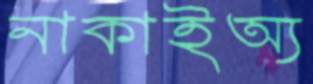
নাকাইঅ্য